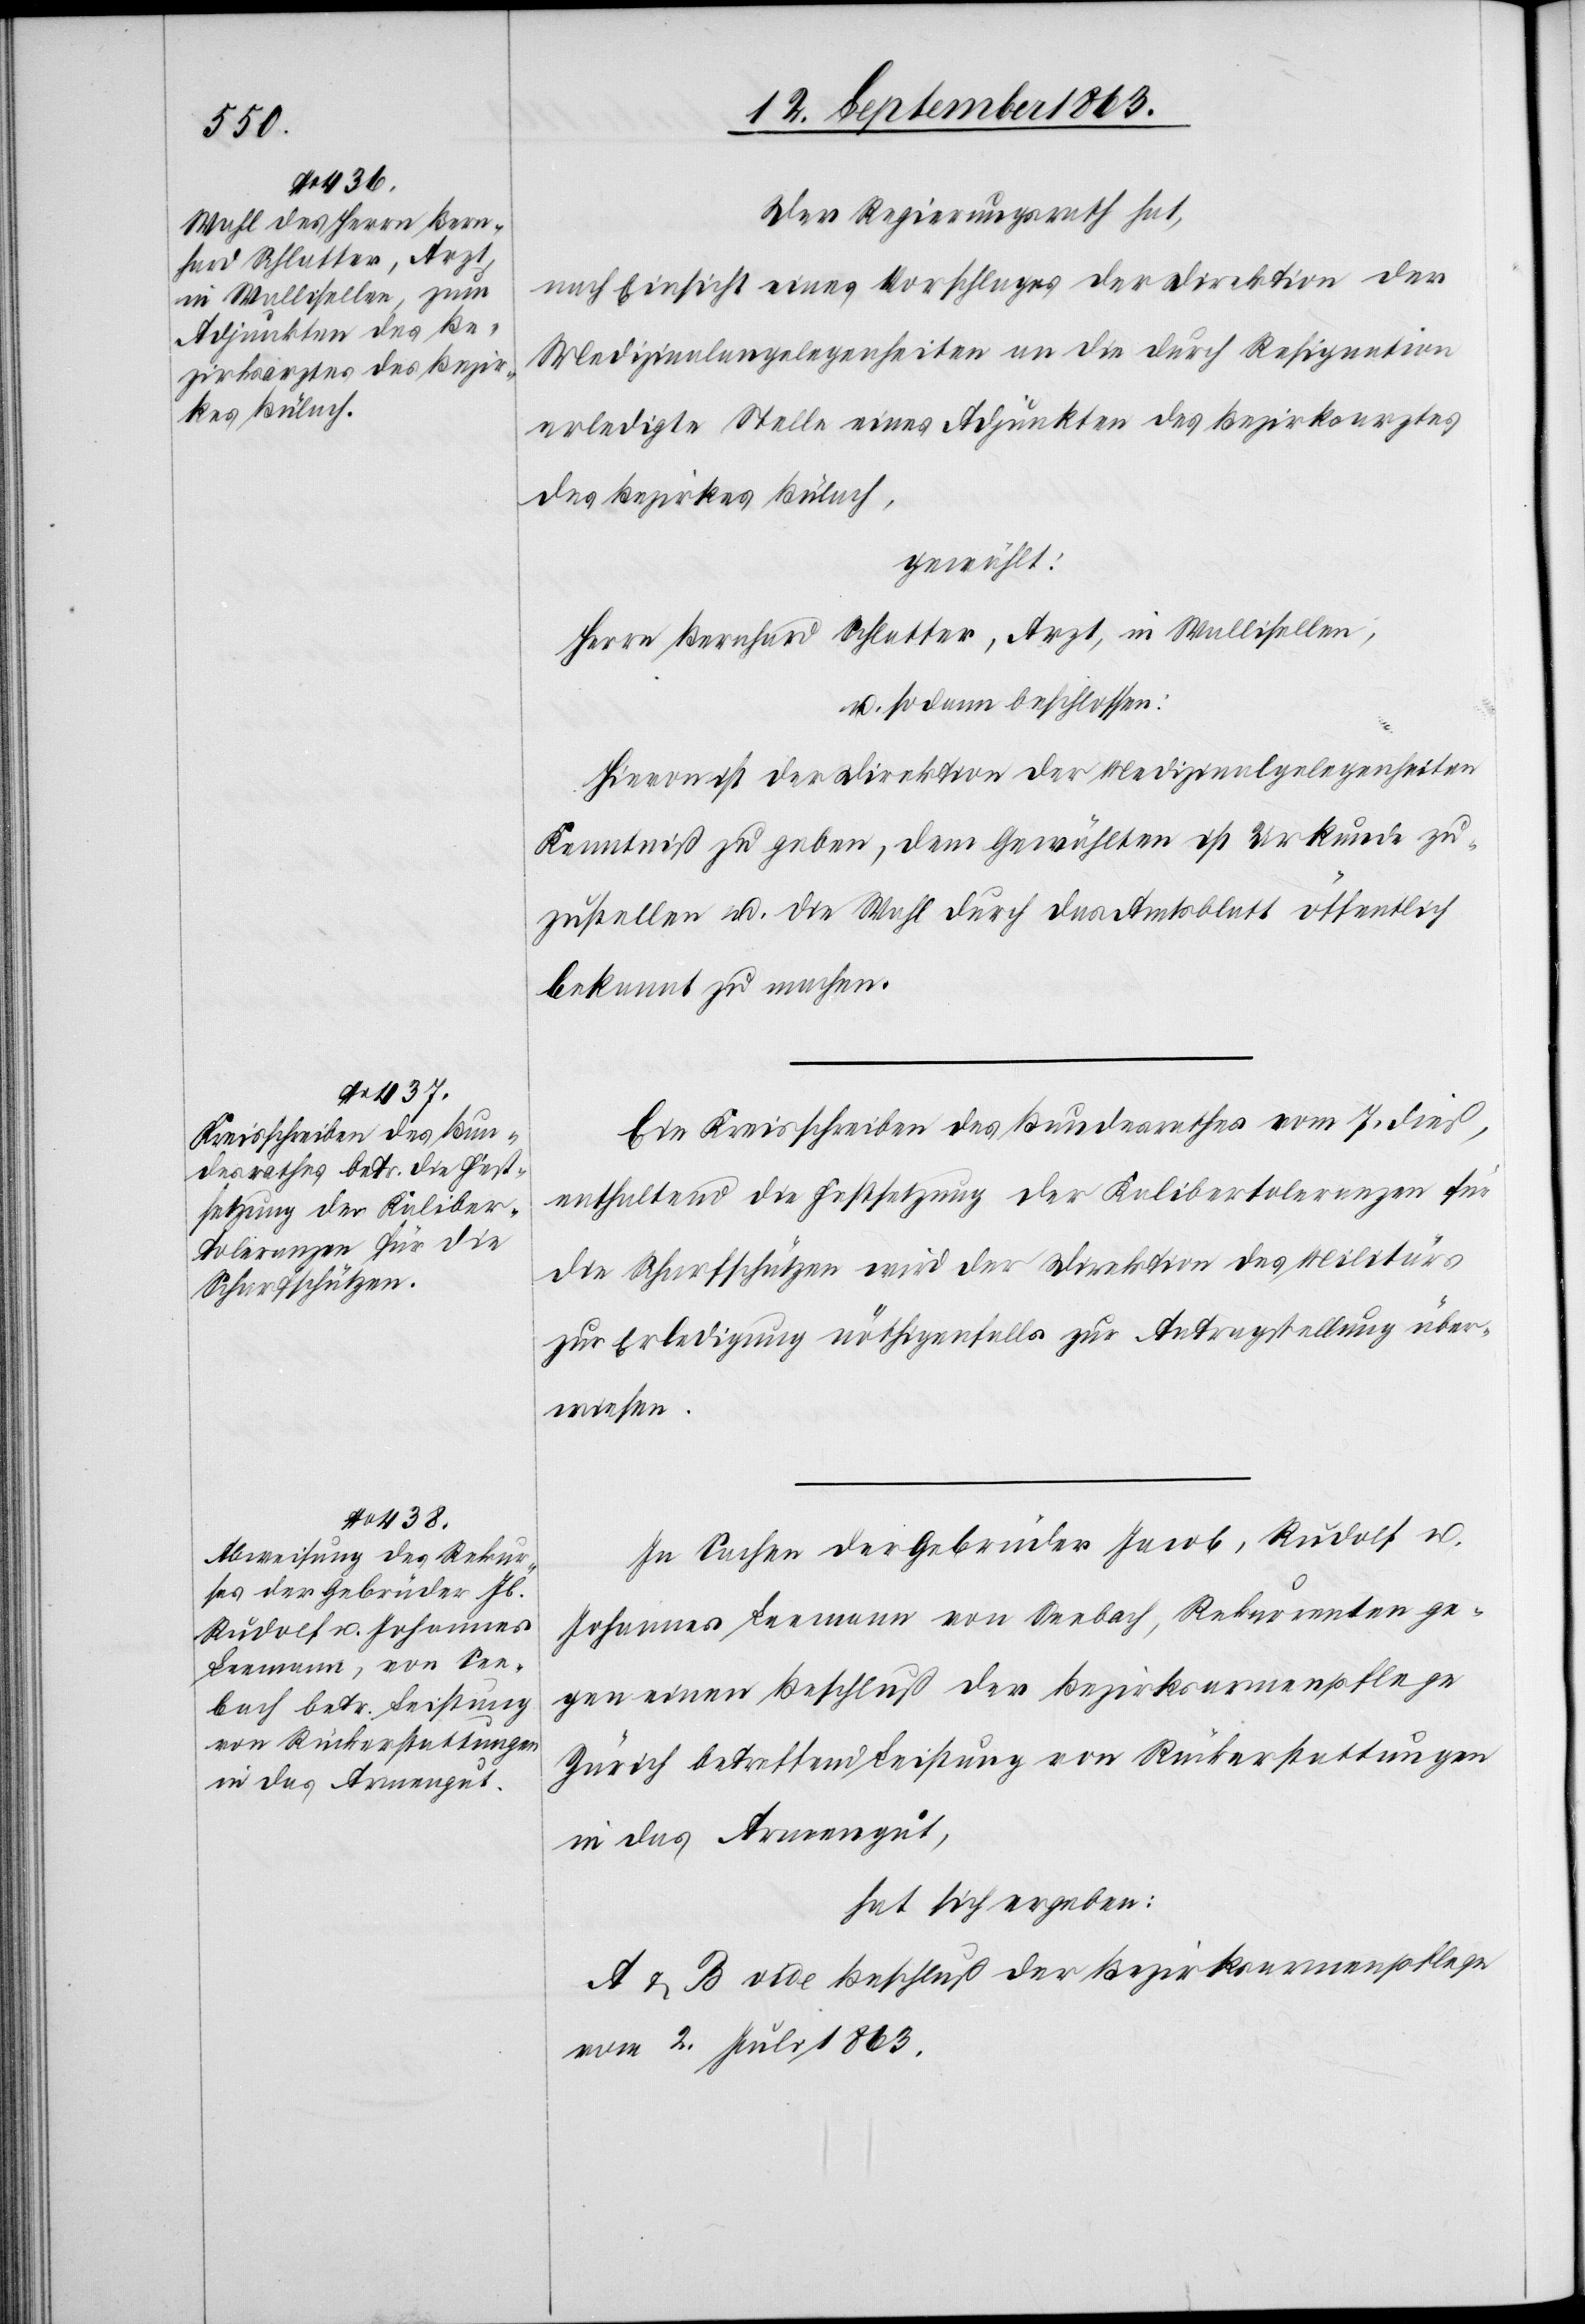
Der Regierungsrath hat,
nach Einsicht eines Vorschlages der Direktion der
Medizinalangelegenheiten an die durch Resignation
erledigte Stelle eines Adjunkten des Bezirksarztes
des Bezirkes Bülach,
gewählt:
Herrn Bernhard Schlatter, Arzt in Wallisellen,
u. sodann beschlossen:
Hievon ist der Direktion der Medizinalangelegenheiten
Kenntniß zu geben, dem Gewählten ist Urkunde zu¬
zustellen u. die Wahl durch das Amtsblatt öffentlich
bekannt zu machen.
Ein Kreisschreiben des Bundesrathes vom 7. dieß,
enthaltend die Festsetzung der Kalibertoleranzen für
die Scharfschützen wird der Direktion des Militärs
zur Erledigung nöthigenfalls zur Antragstellung über¬
wiesen.
In Sachen der Gebrüder Jacob, Rudolf u.
Johannes Leemann von Seebach, Rekurrenten ge¬
gen einen Beschluß der Bezirksarmenpflege
Zürich betreffend Leistung von Rückerstattungen
in das Armengut,
hat sich ergeben:
A & B vide Beschluß der Bezirksarmenpflege
vom 2. Juli 1863.